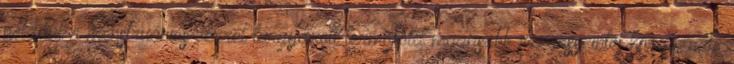
például a menstruációs vérrel tárgyázott termőföld magasabb rezgésszintet hordoznak.